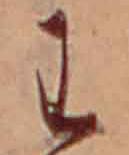
わ